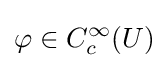
\varphi \in C_{c}^{\infty }(U)